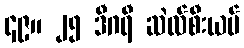
၄၉။ ၂၅ ဒီဂရီ ဆဲလ်စီးယပ်